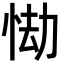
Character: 㤼